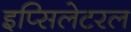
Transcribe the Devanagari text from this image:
इप्सिलेटरल